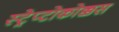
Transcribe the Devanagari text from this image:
स्ट्रेप्टोकोक्कस